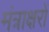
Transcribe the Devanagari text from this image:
मंत्राक्षरों